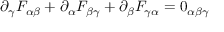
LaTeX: \partial _ { \gamma } F _ { \alpha \beta } + \partial _ { \alpha } F _ { \beta \gamma } + \partial _ { \beta } F _ { \gamma \alpha } = 0 _ { \alpha \beta \gamma }